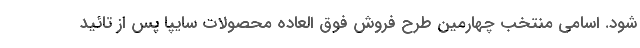
شود. اسامی منتخب چهارمین طرح فروش فوق العاده محصولات سایپا پس از تائید